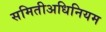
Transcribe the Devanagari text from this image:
समितीअधिनियम